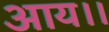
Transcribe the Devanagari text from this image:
आय।।